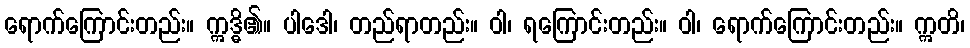
ရောက်ကြောင်းတည်း။ ဣဒ္ဓိ၏။ ပါဒေါ၊ တည်ရာတည်း။ ဝါ၊ ရကြောင်းတည်း။ ဝါ၊ ရောက်ကြောင်းတည်း။ ဣတိ၊